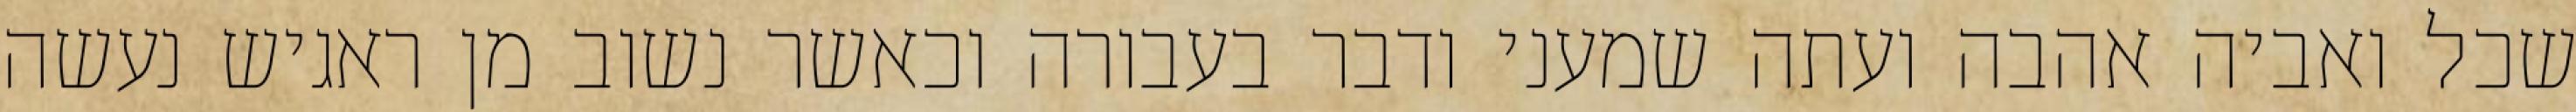
שכל ואביה אהבה ועתה שמעני ודבר בעבורה וכאשר נשוב מן ראגיש נעשה